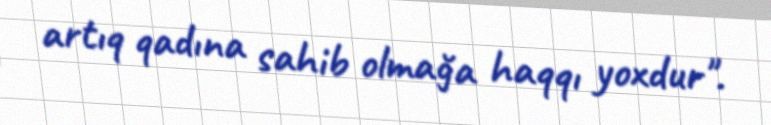
artıq qadına sahib olmağa haqqı yoxdur".